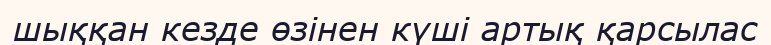
шыққан кезде өзінен күші артық қарсылас